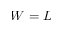
W = L